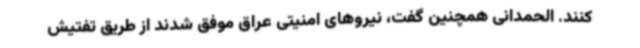
کنند. الحمدانی همچنین گفت، نیروهای امنیتی عراق موفق شدند از طریق تفتیش